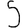
Digit: 5